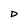
Character: D